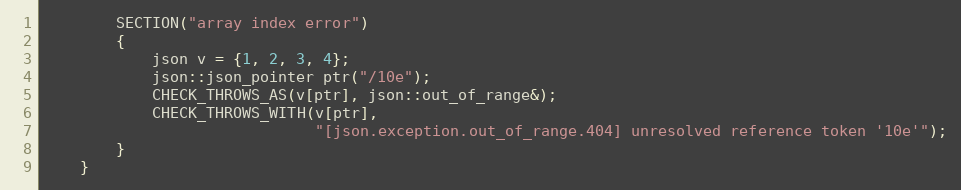
Language: C++
        SECTION("array index error")
        {
            json v = {1, 2, 3, 4};
            json::json_pointer ptr("/10e");
            CHECK_THROWS_AS(v[ptr], json::out_of_range&);
            CHECK_THROWS_WITH(v[ptr],
                              "[json.exception.out_of_range.404] unresolved reference token '10e'");
        }
    }